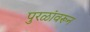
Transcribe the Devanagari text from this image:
पुरळांवरून